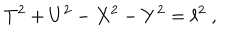
LaTeX: T ^ { 2 } + U ^ { 2 } - X ^ { 2 } - Y ^ { 2 } = \ell ^ { 2 } \ ,